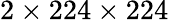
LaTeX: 2\times 224\times 224